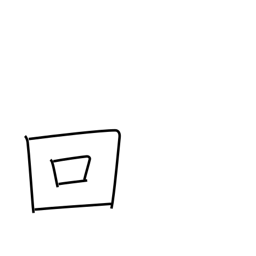
Meaning: counter for occurrences